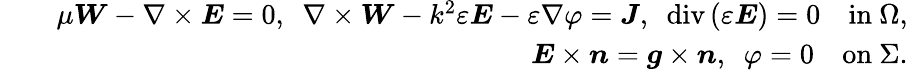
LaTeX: \begin{array}{rlr}&{}&{\mu{\boldsymbol{W}}-\nabla\times{\boldsymbol{E}}=0,\ \ \nabla\times{\boldsymbol{W}}-k^{2}\varepsilon{\boldsymbol{E}}-\varepsilon\nabla\varphi={\boldsymbol{J}},\ \ \mathrm{div}\, (\varepsilon{\boldsymbol{E}})=0\ \ \ \ \mathrm{in~}\Omega,}\\ &{}&{{\boldsymbol{E}}\times\boldsymbol{n}=\boldsymbol{g}\times\boldsymbol{n},\ \ \varphi=0\ \ \ \ \mathrm{on~}\Sigma.}\end{array}